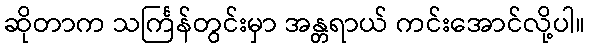
ဆိုတာက သင်္ကြန်တွင်းမှာ အန္တရာယ် ကင်းအောင်လို့ပါ။